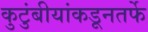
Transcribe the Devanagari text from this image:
कुटुंबीयांकडूनतर्फे